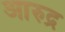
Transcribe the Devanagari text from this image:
आरुद्र